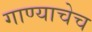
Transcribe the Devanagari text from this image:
गाण्याचेच